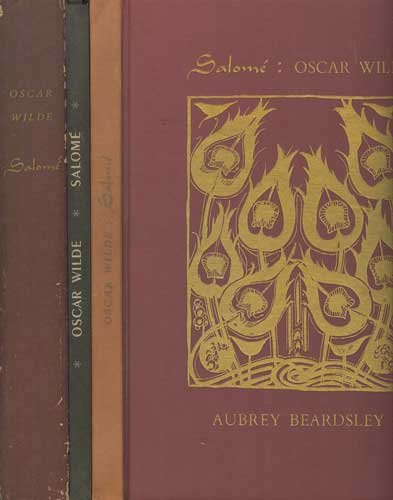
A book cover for Salome A Tragedy in One Act /Salome: Drame en un Acte; Oscar Wilde; Literature & Fiction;